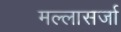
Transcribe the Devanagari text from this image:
मल्लासर्जा